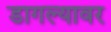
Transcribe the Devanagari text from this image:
डागल्यावर